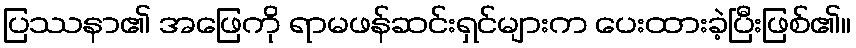
ပြဿနာ၏ အဖြေကို ရာမဖန်ဆင်းရှင်များက ပေးထားခဲ့ပြီးဖြစ်၏။